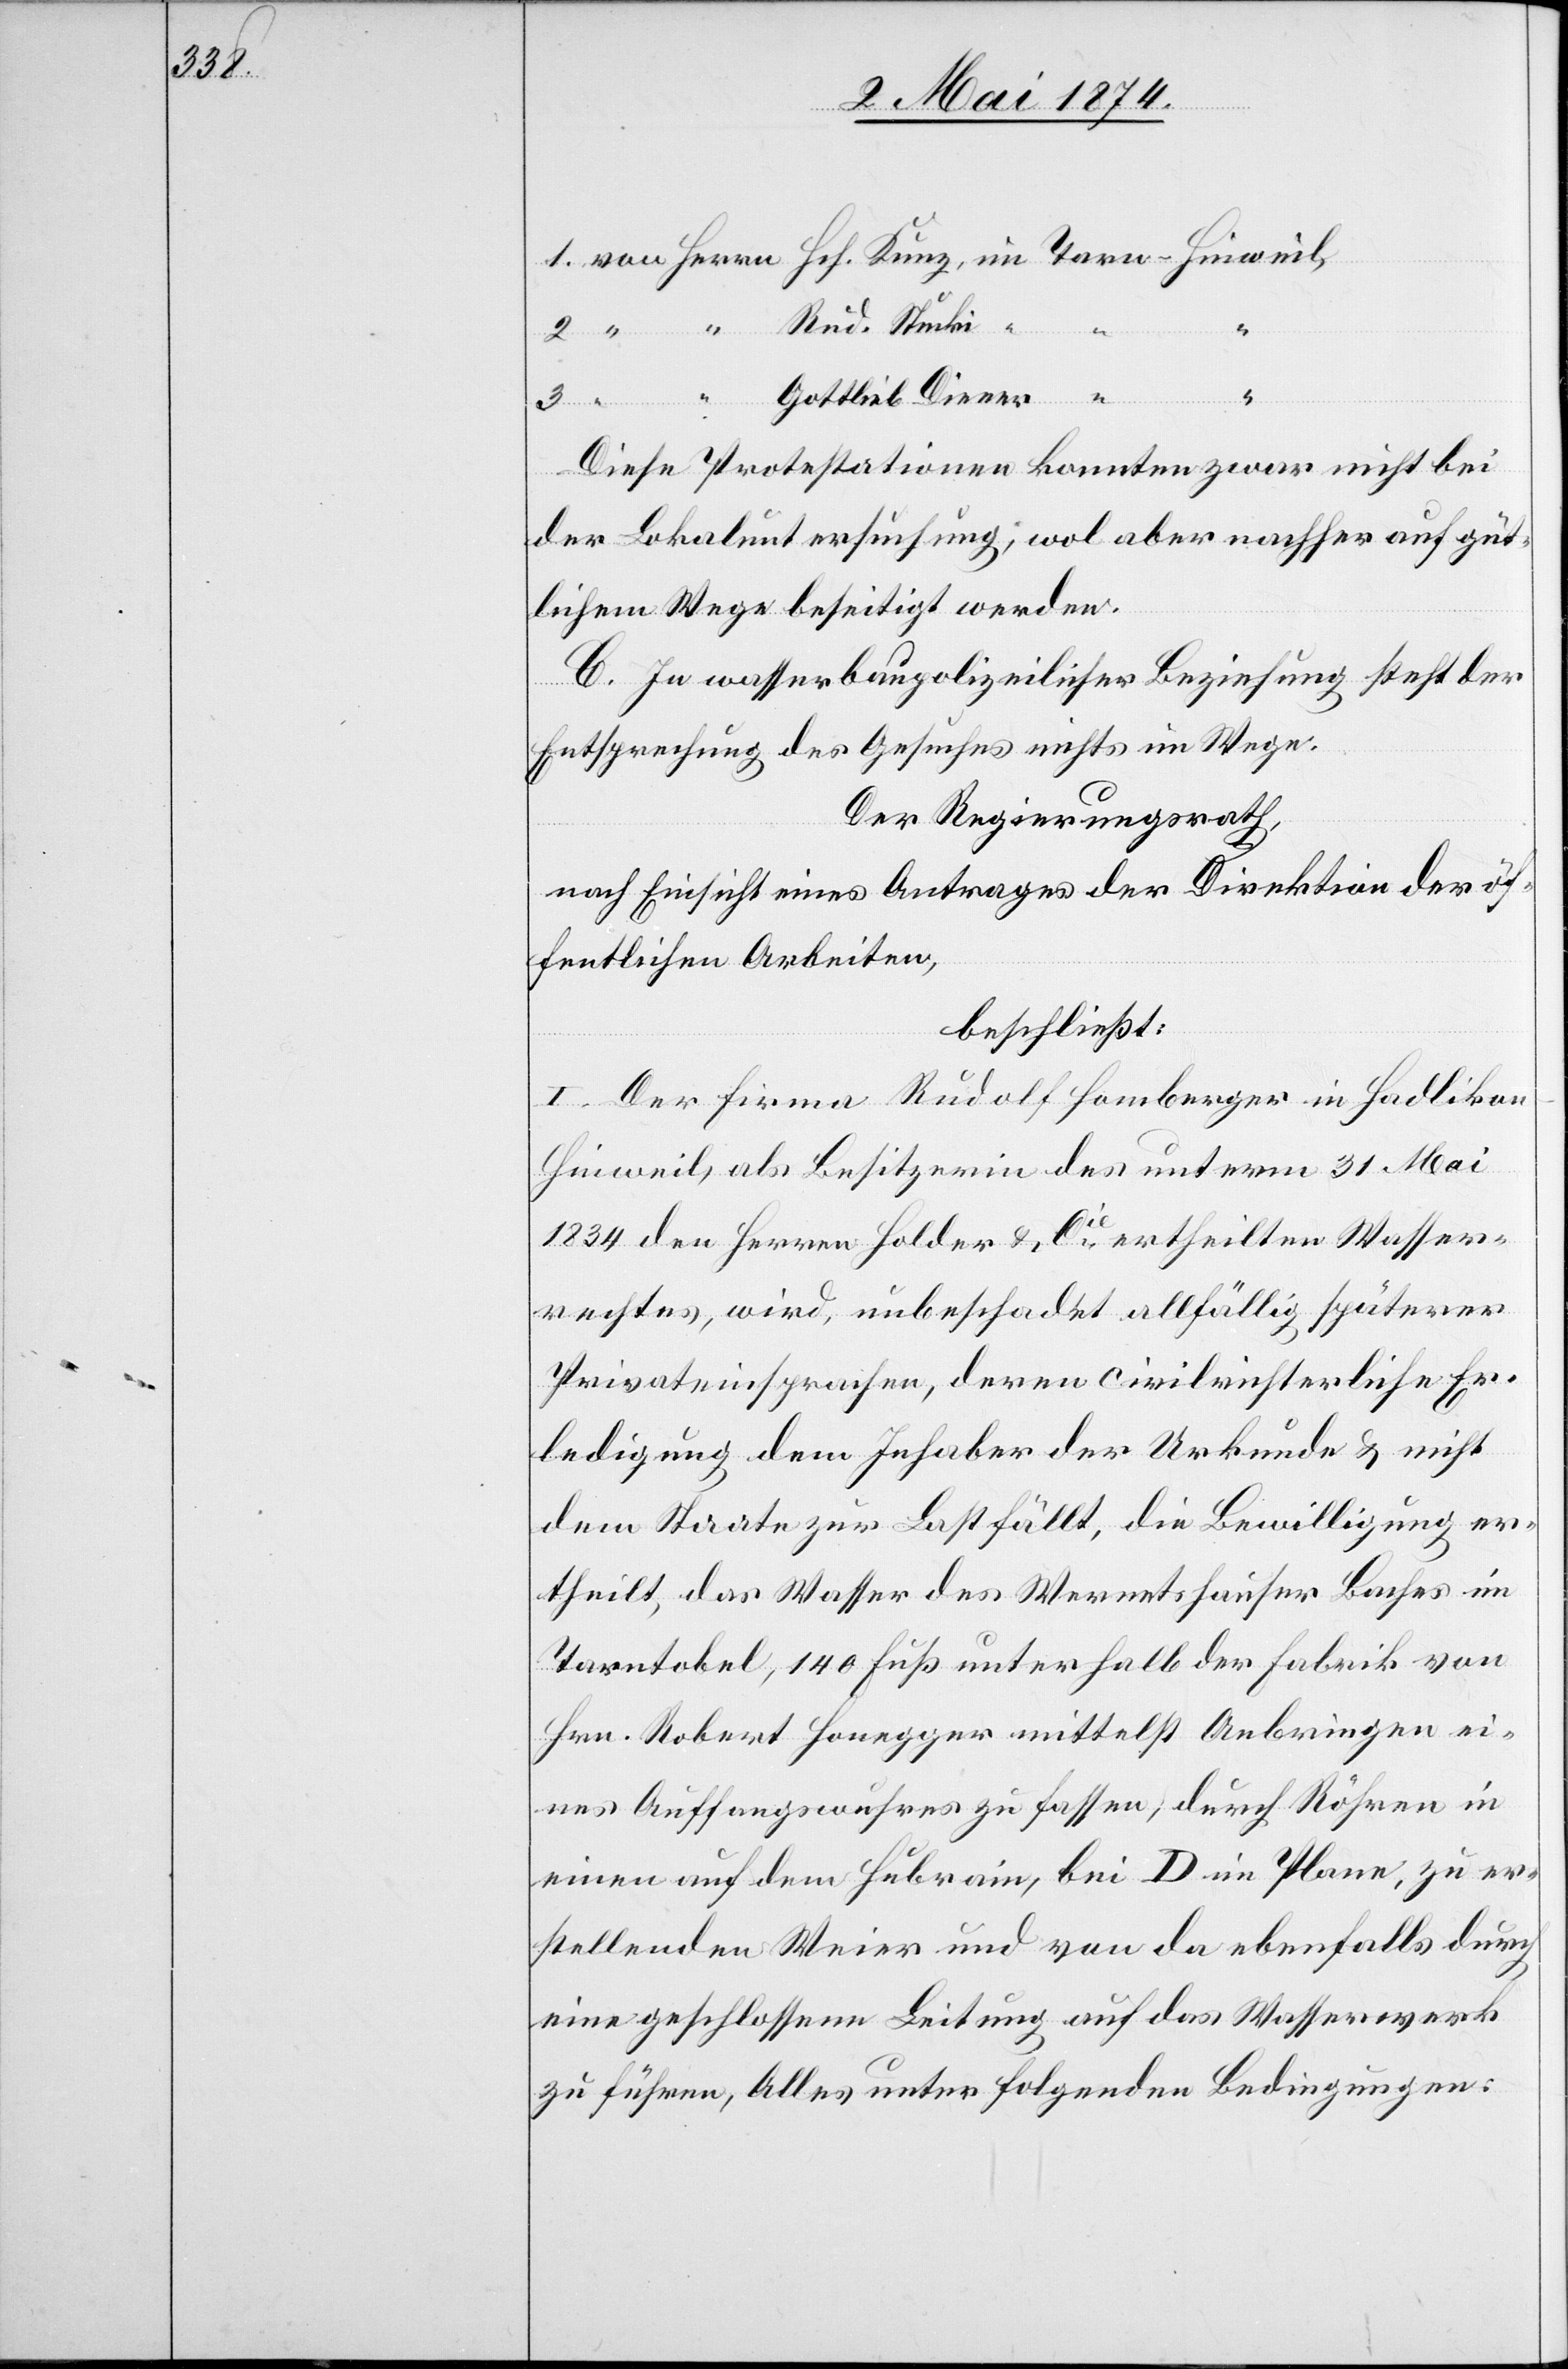
2.
3.
“
Gottlieb Diener
Diese Protestationen konnten zwar nicht bei
der Lokaluntersuchung, wol aber nachher auf güt¬
lichem Wege beseitigt werden.
C. In wasserbaupolizeilicher Beziehung steht der
Entsprechung des Gesuches nichts im Wege.
Der Regierungsrath,
nach Einsicht eines Antrages der Direktion der öf¬
fentlichen Arbeiten,
beschließt:
I. Der Firma Rudolf Homberger in Hadliko¬
n-Hinweil, als Besitzerin des unterm 31. Mai
1834 den Herren Holder u. Cie ertheilten Wasser¬
rechtes, wird, unbeschadet allfällig späterer
Privateinsprachen, deren civilrichterliche Er¬
ledigung dem Inhaber der Urkunde u. nicht
dem Staate zur Last fällt, die Bewilligung er¬
theilt, das Wasser des Wernetshauser Baches im
Tarntobel, 140 Fuß unterhalb der Fabrik von
Hrn. Robert Honegger mittelst Anbringen ei¬
nes Auffangswuhres zu fassen, durch Röhren in
einen auf dem Hubrain, bei D im Plane, zu er¬
stellenden Weier und von da ebenfalls durch
eine geschlossene Leitung auf das Wasserwerk
zu führen, Alles unter folgenden Bedingungen: